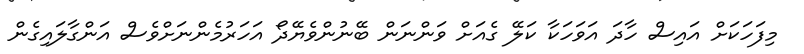
މިފަހަކަށް އައިސް ހާދަ އަވަހަކާ ކަލޭ ގެއަށް ވަންނަން ބޭނުންވެޔޭދޯ އަހަރުމެންނަށްވެސް އަންގާލައިގެން